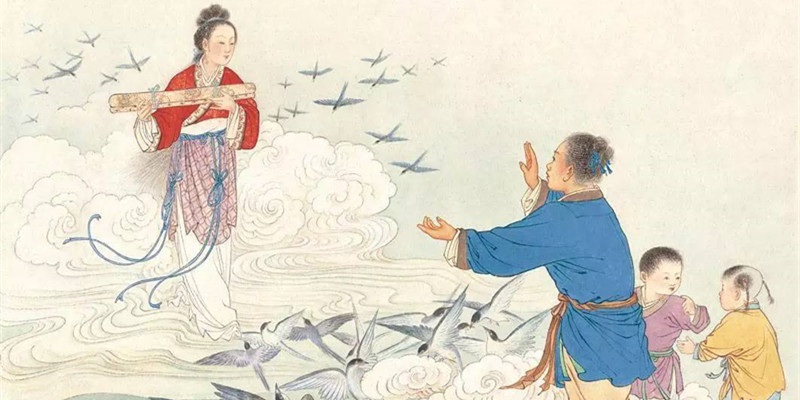
边雪藏行径，林风透卧衣。